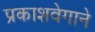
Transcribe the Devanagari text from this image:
प्रकाशवेगाने